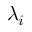
\lambda _ { i }